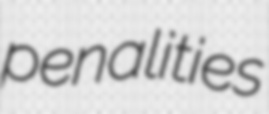
penalities